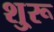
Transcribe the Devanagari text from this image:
शु्रू